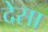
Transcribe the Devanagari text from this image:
देसा